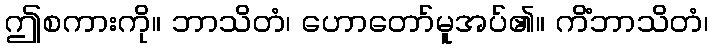
ဤစကားကို။ ဘာသိတံ၊ ဟောတော်မူအပ်၏။ ကိံဘာသိတံ၊